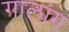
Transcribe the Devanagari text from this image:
गालांग